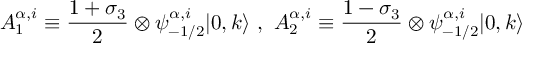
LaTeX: A _ { 1 } ^ { \alpha , i } \equiv \frac { 1 + \sigma _ { 3 } } { 2 } \otimes \psi _ { - 1 / 2 } ^ { \alpha , i } | 0 , k \rangle ~ , ~ A _ { 2 } ^ { \alpha , i } \equiv \frac { 1 - \sigma _ { 3 } } { 2 } \otimes \psi _ { - 1 / 2 } ^ { \alpha , i } | 0 , k \rangle